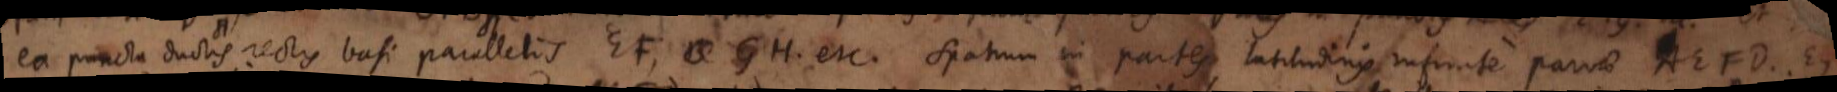
ea puncta ductis rectis basi parallelis EF, GH etc. Spatium in partes latitudinis infinite parvae AEFD. EG